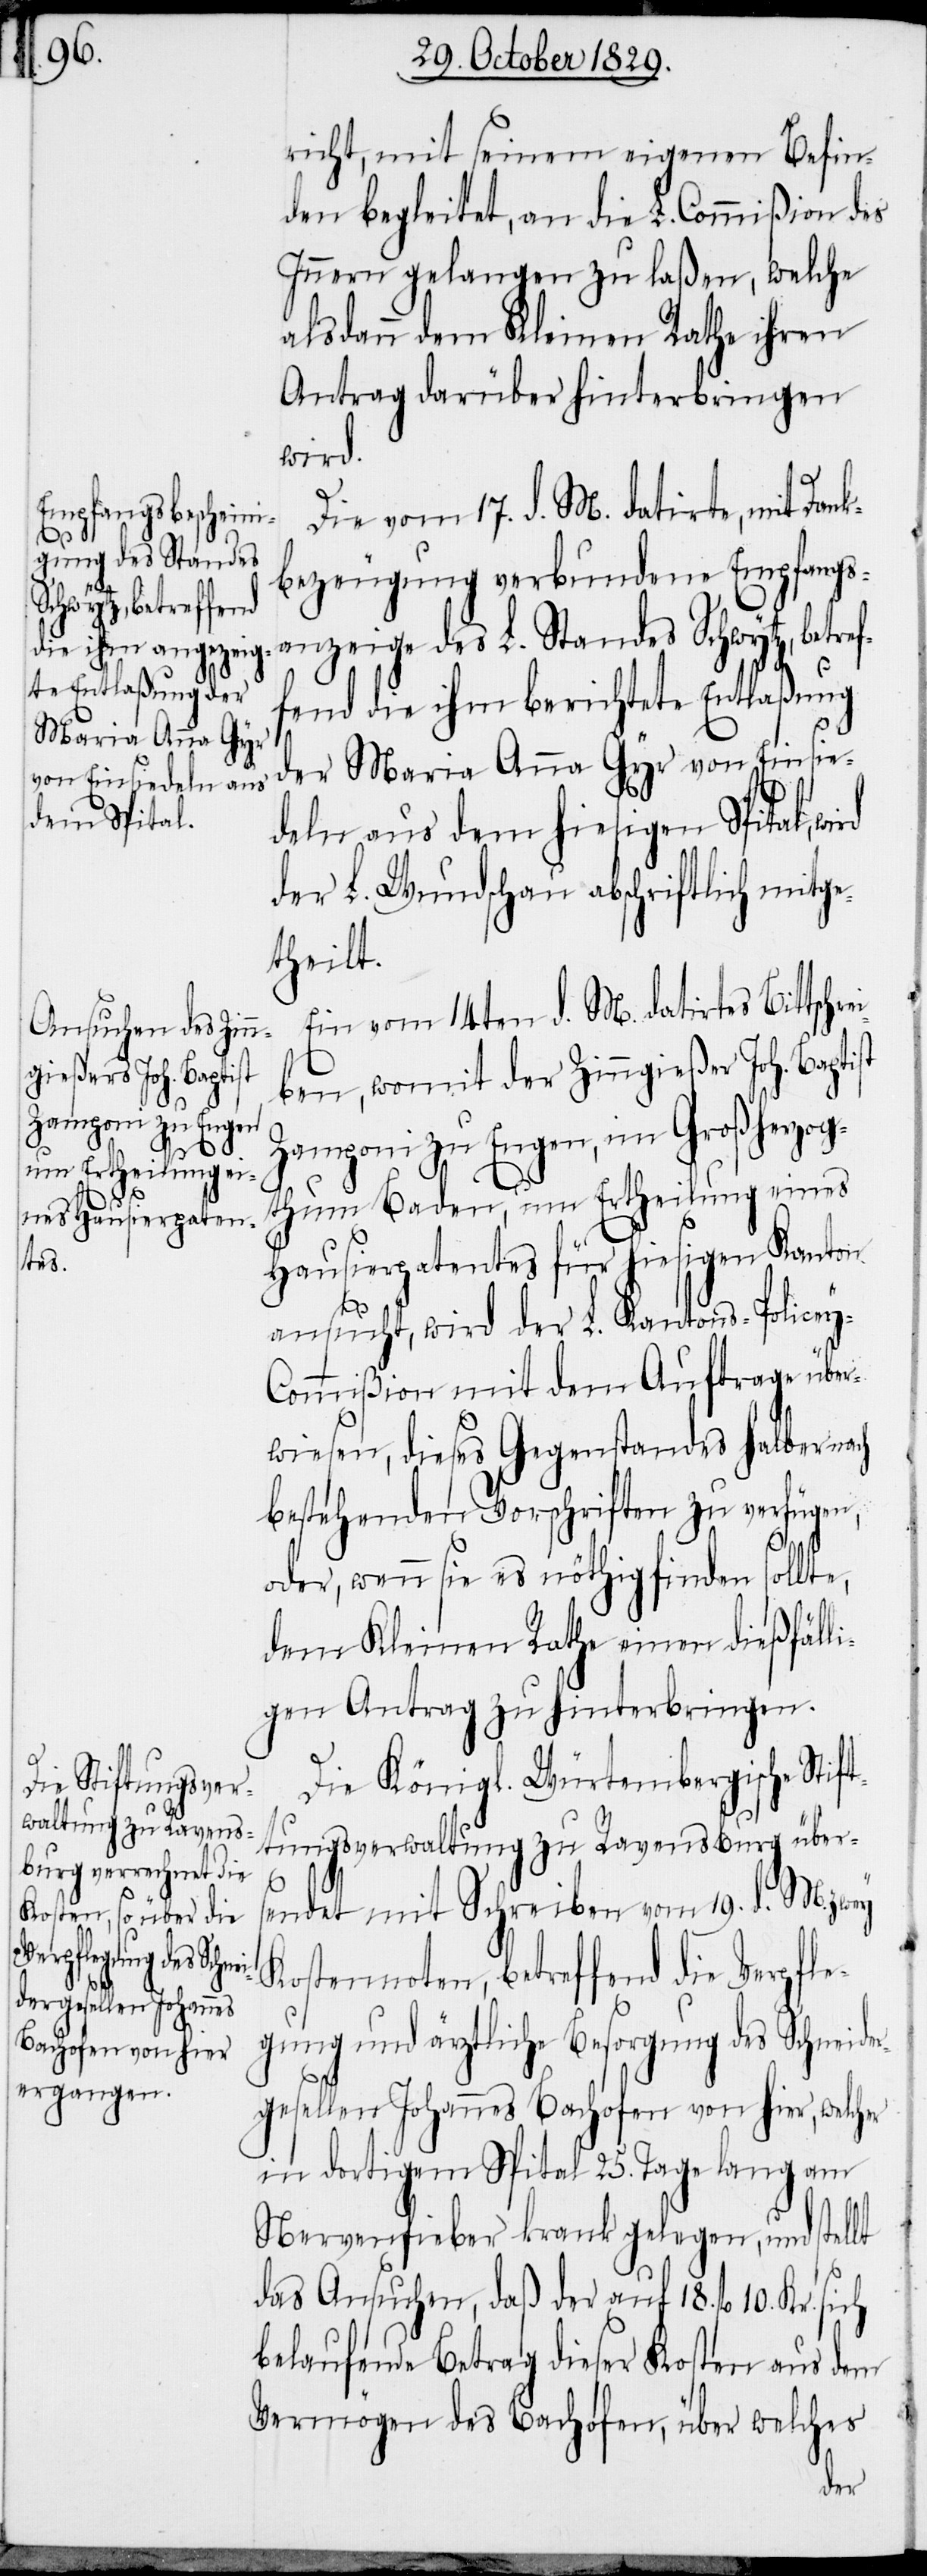
richt, mit seinem eigenen Befin¬
den begleitet, an die L. Commißion des
Innern gelangen zu laßen, welche
alsdann dem Kleinen Rathe ihren
Antrag darüber hinterbringen
wird
die vom 17. d. M. datirte, mit Dank¬
bezeugung verbundene Empfangs¬
anzeige des L. Standes Schwytz, betref¬
fend die ihm berichtete Entlaßung
der Maria Anna Gyr von Einsie¬
deln aus dem hiesigen Spital,
der L. Wundschau abschriftlich mitge¬
theilt.
Ein vom 14ten d. M. datirtes Bittschre¬
i¬
ben, womit der Zinngießer Joh. Baptist
Zamponi zu Engen, im Großherzog¬
thum Baden, um Ertheilung eines
Hausierpatentes für hiesigen Kanton
ansucht, wird der L. Kantons-Police¬
ommißion mit dem Auftrage über¬
wiesen, dieses Gegenstandes halber nach
bestehenden Vorschriften zu verfügen,
oder, wenn sie es nöthig finden sollte,
dem Kleinen Rathe einen dießfäll¬
igen Antrag zu hinterbringen.
Die Königl. Würtembergische Stif¬
tungsverwaltung zu Ravensburg über¬
s¬
endet mit Schreiben vom 19.d. M. zwey
Kostennoten, betreffend die Verpfle¬
gung und ärztliche Besorgung des Schnei¬
gesellen Johannes Bachofen von hier, welcher
in dortigem Spital 25. Tage lang am
Nervenfieber krank gelegen, und stellt
das Ansuchen, daß der auf 18. fl 10. Kr. sich
belaufende Betrag dieser Kosten aus dem
Vermögen des Bachofen, über welches
der¬